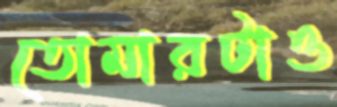
তোমারটাও